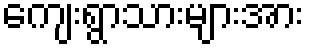
ကျေးရွာသားများအား